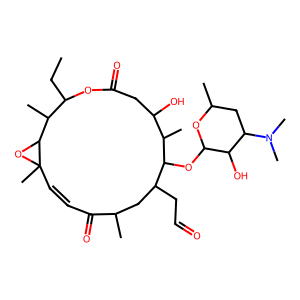
SMILES: CCC1OC(=O)CC(O)C(C)C(OC2OC(C)CC(N(C)C)C2O)C(CC=O)CC(C)C(=O)C=CC2(C)OC2C1C
Inhibits HIV replication: No